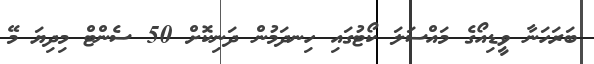
ބަރަހަނާ ވީޑިއޯގެ މައްސަލަ ކޯޓުގައި ހިނދަމުން ދަނިކޮށް 50 ސެންޓް މިދިޔަ މޭ